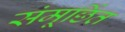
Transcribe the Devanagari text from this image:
संमूर्छित